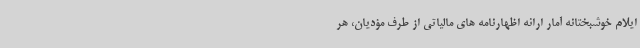
ایلام خوشبختانه آمار ارائه اظهارنامه های مالیاتی از طرف مؤدیان، هر